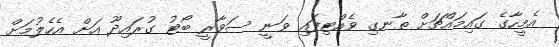
އެމީހާގެ ގައިމައްޗަށް ތާނގި ވެއްޓިފައި ވަނީ ސަވާރީ ބޯޓު ގުރައިދޫ އަށް އެހެލުމަށް